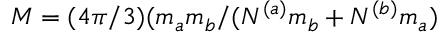
M = ( 4 \pi / 3 ) ( m _ { a } m _ { b } / ( N ^ { ( a ) } m _ { b } + N ^ { ( b ) } m _ { a } )